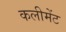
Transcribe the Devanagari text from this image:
कलीमेंट